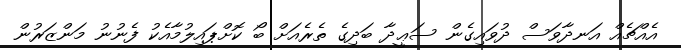
އެއްޗެއް އަނދާވަސް ދުވައިގެން ސަޢީދާ ބަދިގެ ތެރެއަށް ބޯ ކޮށްޕައިލުމާއެކު ފެނުނު މަންޒަރުން